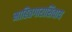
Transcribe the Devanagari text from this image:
माहितगाराशिवाय